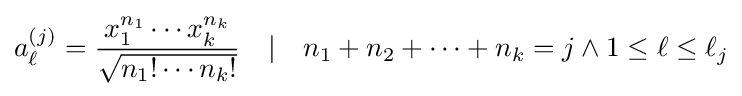
a_{\ell }^{(j)}={\frac {x_{1}^{n_{1}}\cdots x_{k}^{n_{k}}}{\sqrt {n_{1}!\cdots n_{k}!}}}\quad |\quad n_{1}+n_{2}+\dots +n_{k}=j\wedge 1\leq \ell \leq \ell _{j}